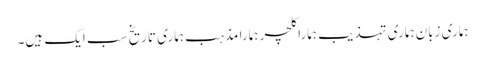
ہماری زبان ہماری تہذیب ہمارا کلچر ہمارا مذہب ہماری تاریخ سب ایک ہیں۔